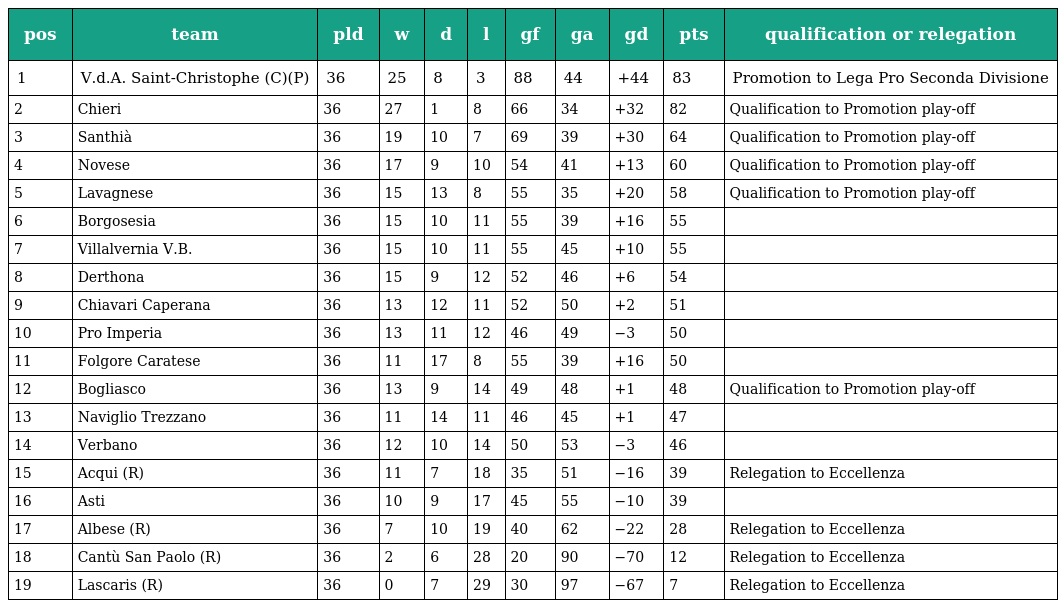
| pos | team | pld | w | d | l | gf | ga | gd | pts | qualification or relegation |
 | --- | --- | --- | --- | --- | --- | --- | --- | --- | --- | --- |
 | 1 | V.d.A. Saint-Christophe (C)(P) | 36 | 25 | 8 | 3 | 88 | 44 | +44 | 83 | Promotion to Lega Pro Seconda Divisione |
 | 2 | Chieri | 36 | 27 | 1 | 8 | 66 | 34 | +32 | 82 | Qualification to Promotion play-off |
 | 3 | Santhià | 36 | 19 | 10 | 7 | 69 | 39 | +30 | 64 | Qualification to Promotion play-off |
 | 4 | Novese | 36 | 17 | 9 | 10 | 54 | 41 | +13 | 60 | Qualification to Promotion play-off |
 | 5 | Lavagnese | 36 | 15 | 13 | 8 | 55 | 35 | +20 | 58 | Qualification to Promotion play-off |
 | 6 | Borgosesia | 36 | 15 | 10 | 11 | 55 | 39 | +16 | 55 |  |
 | 7 | Villalvernia V.B. | 36 | 15 | 10 | 11 | 55 | 45 | +10 | 55 |  |
 | 8 | Derthona | 36 | 15 | 9 | 12 | 52 | 46 | +6 | 54 |  |
 | 9 | Chiavari Caperana | 36 | 13 | 12 | 11 | 52 | 50 | +2 | 51 |  |
 | 10 | Pro Imperia | 36 | 13 | 11 | 12 | 46 | 49 | −3 | 50 |  |
 | 11 | Folgore Caratese | 36 | 11 | 17 | 8 | 55 | 39 | +16 | 50 |  |
 | 12 | Bogliasco | 36 | 13 | 9 | 14 | 49 | 48 | +1 | 48 | Qualification to Promotion play-off |
 | 13 | Naviglio Trezzano | 36 | 11 | 14 | 11 | 46 | 45 | +1 | 47 |  |
 | 14 | Verbano | 36 | 12 | 10 | 14 | 50 | 53 | −3 | 46 |  |
 | 15 | Acqui (R) | 36 | 11 | 7 | 18 | 35 | 51 | −16 | 39 | Relegation to Eccellenza |
 | 16 | Asti | 36 | 10 | 9 | 17 | 45 | 55 | −10 | 39 |  |
 | 17 | Albese (R) | 36 | 7 | 10 | 19 | 40 | 62 | −22 | 28 | Relegation to Eccellenza |
 | 18 | Cantù San Paolo (R) | 36 | 2 | 6 | 28 | 20 | 90 | −70 | 12 | Relegation to Eccellenza |
 | 19 | Lascaris (R) | 36 | 0 | 7 | 29 | 30 | 97 | −67 | 7 | Relegation to Eccellenza |